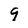
Character: 9